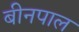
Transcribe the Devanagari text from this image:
बीनपाल